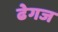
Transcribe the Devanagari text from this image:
ढेगज